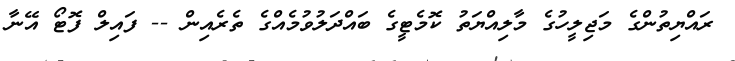
ރައްޔިތުންގެ މަޖިލީހުގެ މާލިއްޔަތު ކޮމެޓީގެ ބައްދަލުވުމެއްގެ ތެރެއިން -- ފައިލް ފޮޓޯ އޭނާ